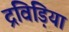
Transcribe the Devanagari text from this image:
द्रविड़िया